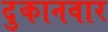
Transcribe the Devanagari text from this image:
दुकानवार